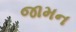
જામન